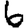
Digit: 6